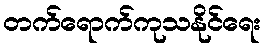
တက်ရောက်ကုသနိုင်ရေး